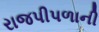
રાજપીપળાની